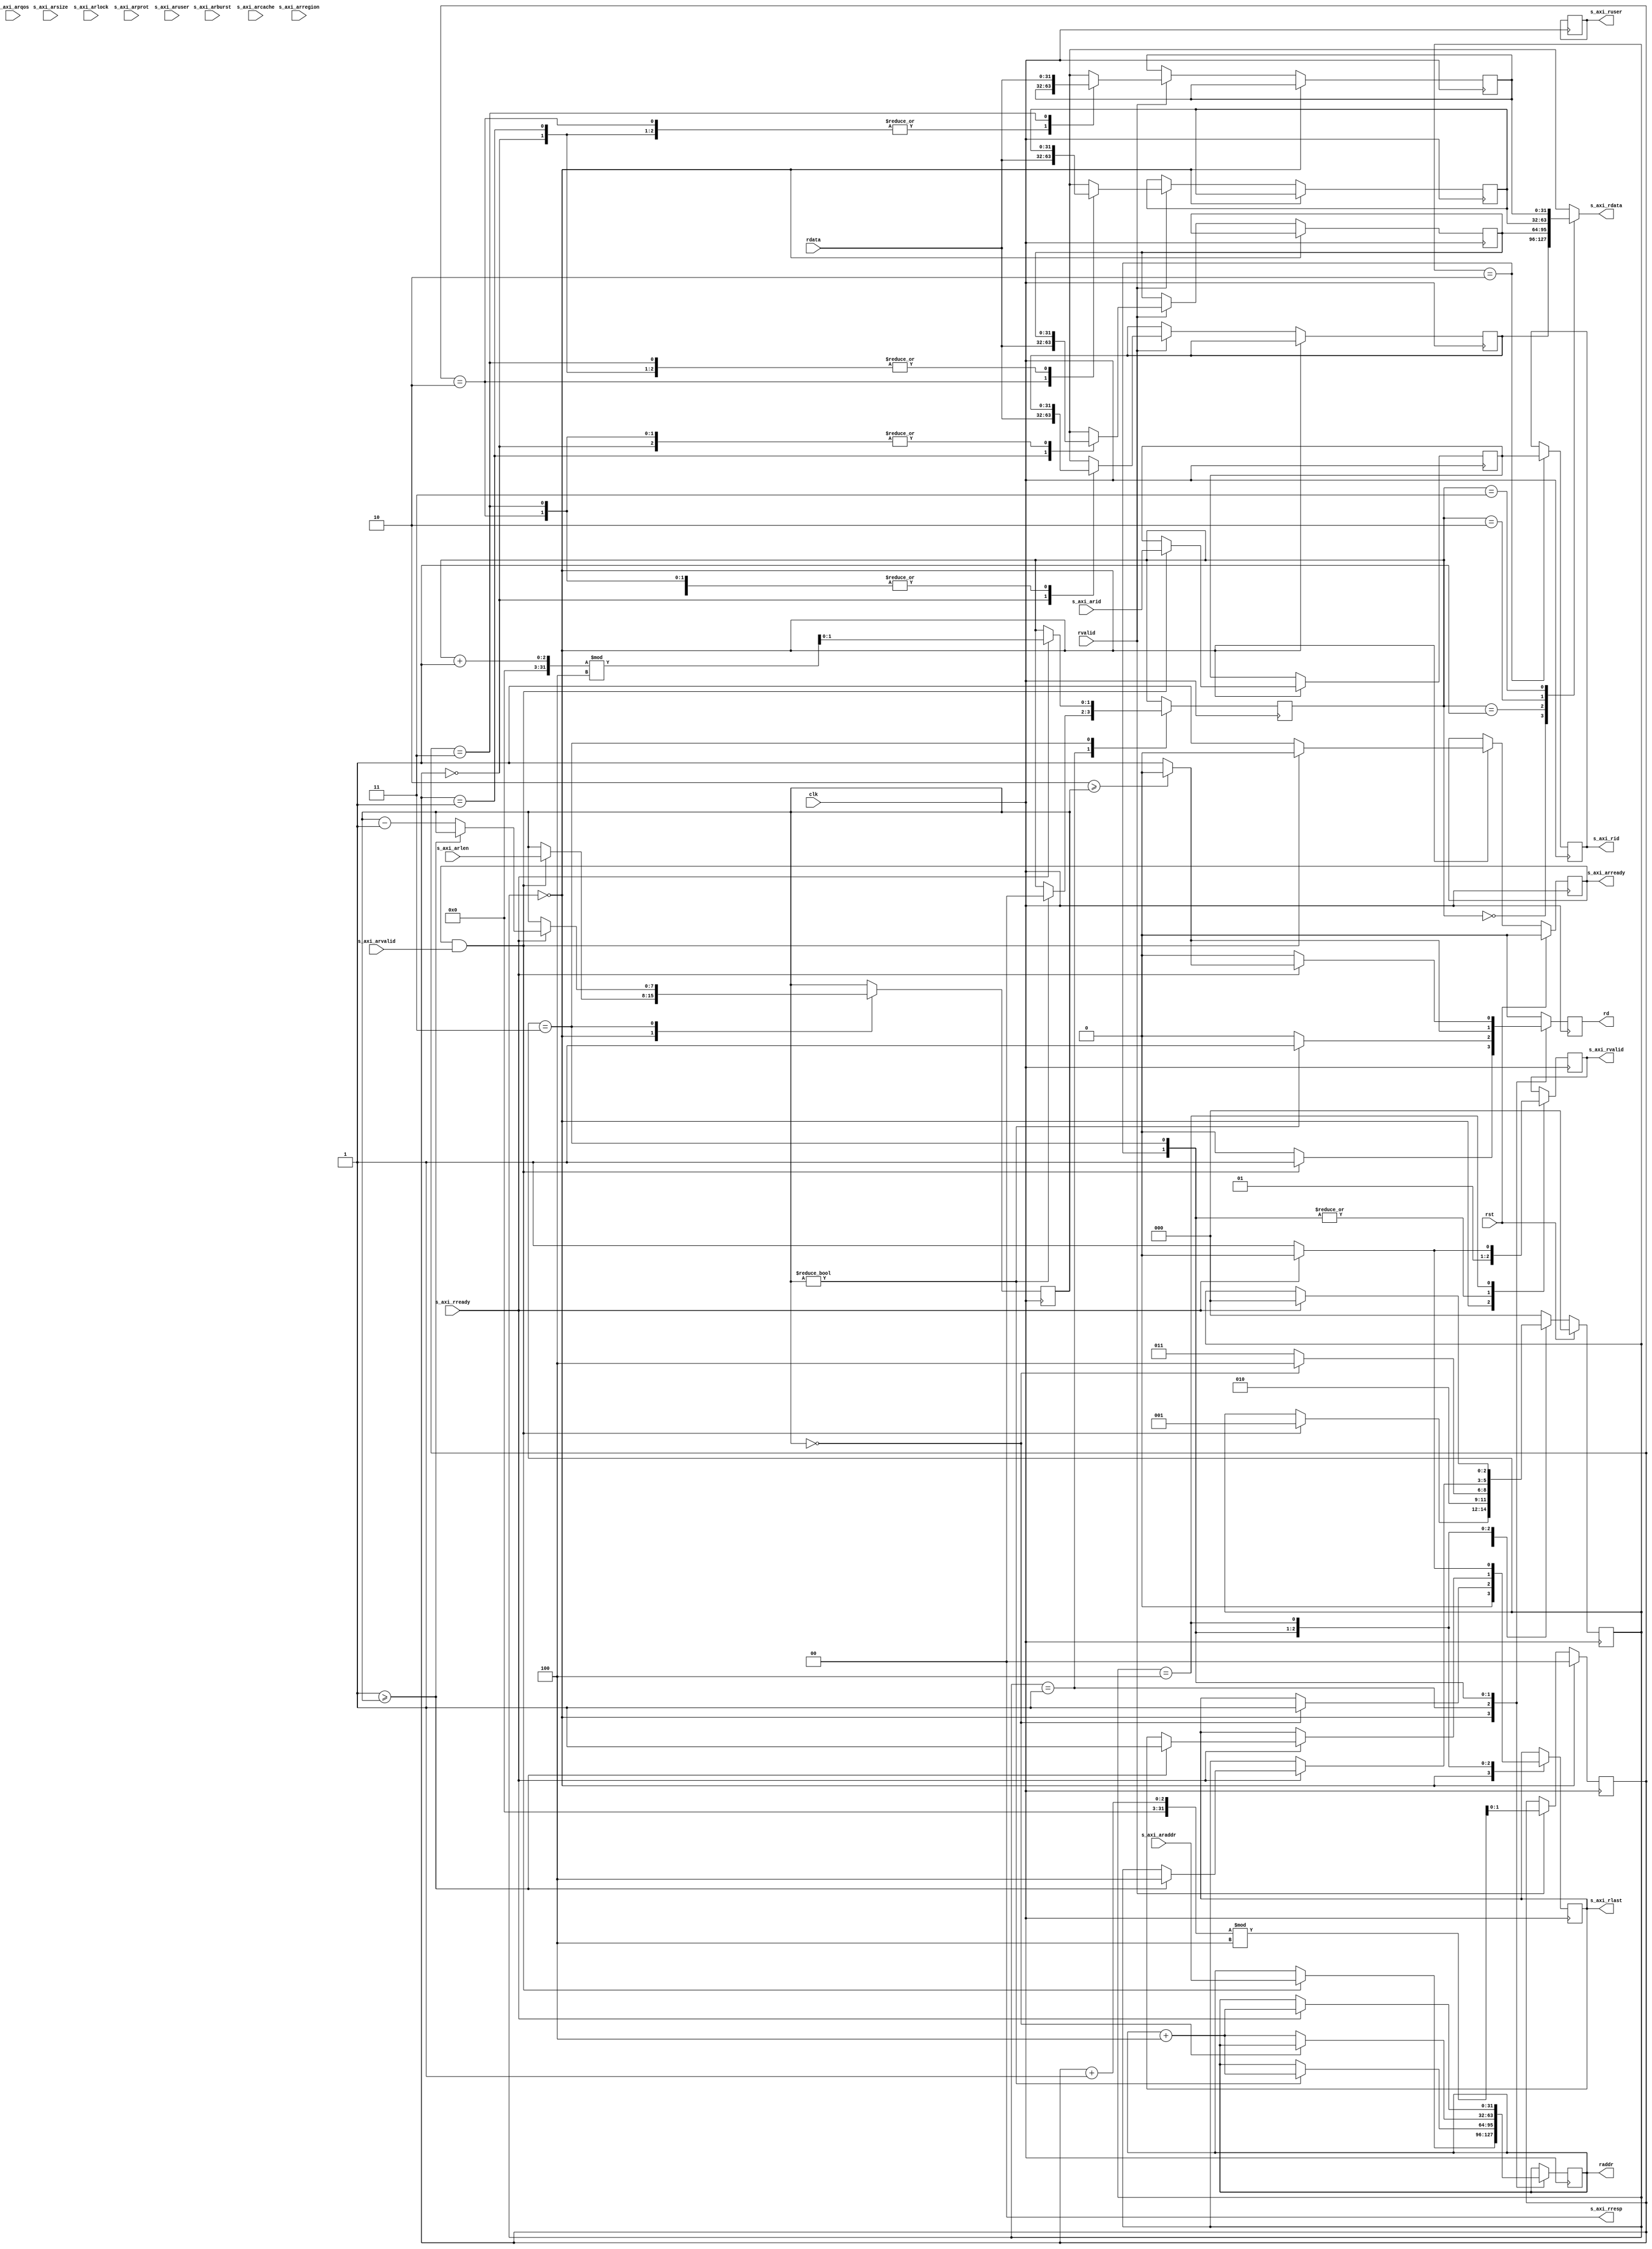
/*

Copyright (c) 2018 Alex Forencich

Permission is hereby granted, free of charge, to any person obtaining a copy
of this software and associated documentation files (the "Software"), to deal
in the Software without restriction, including without limitation the rights
to use, copy, modify, merge, publish, distribute, sublicense, and/or sell
copies of the Software, and to permit persons to whom the Software is
furnished to do so, subject to the following conditions:

The above copyright notice and this permission notice shall be included in
all copies or substantial portions of the Software.

THE SOFTWARE IS PROVIDED "AS IS", WITHOUT WARRANTY OF ANY KIND, EXPRESS OR
IMPLIED, INCLUDING BUT NOT LIMITED TO THE WARRANTIES OF MERCHANTABILITY
FITNESS FOR A PARTICULAR PURPOSE AND NONINFRINGEMENT. IN NO EVENT SHALL THE
AUTHORS OR COPYRIGHT HOLDERS BE LIABLE FOR ANY CLAIM, DAMAGES OR OTHER
LIABILITY, WHETHER IN AN ACTION OF CONTRACT, TORT OR OTHERWISE, ARISING FROM,
OUT OF OR IN CONNECTION WITH THE SOFTWARE OR THE USE OR OTHER DEALINGS IN
THE SOFTWARE.

*/

// Language: Verilog 2001

`resetall 
`timescale 1ns / 1ps 
`default_nettype none

/*
 * AXI4 width adapter
 */
module axi_config_rd #(
    // Width of address bus in bits
    parameter ADDR_WIDTH    = 32,
    // Width of input (slave) interface data bus in bits
    parameter DATA_WIDTH    = 32,
    // Width of input (slave) interface wstrb (width of data bus in words)
    parameter STRB_WIDTH    = (DATA_WIDTH / 8),
    // Width of ID signal
    parameter ID_WIDTH      = 8,
    // Propagate aruser signal
    parameter ARUSER_ENABLE = 0,
    // Width of aruser signal
    parameter ARUSER_WIDTH  = 1,
    // Propagate ruser signal
    parameter RUSER_ENABLE  = 0,
    // Width of ruser signal
    parameter RUSER_WIDTH   = 1,
    parameter REG_DATA      = 1
) (
    input wire clk,
    input wire rst,

    /*
     * AXI slave interface
     */
    input  wire [    ID_WIDTH-1:0] s_axi_arid,
    input  wire [  ADDR_WIDTH-1:0] s_axi_araddr,
    input  wire [             7:0] s_axi_arlen,
    input  wire [             2:0] s_axi_arsize,
    input  wire [             1:0] s_axi_arburst,
    input  wire                    s_axi_arlock,
    input  wire [             3:0] s_axi_arcache,
    input  wire [             2:0] s_axi_arprot,
    input  wire [             3:0] s_axi_arqos,
    input  wire [             3:0] s_axi_arregion,
    input  wire [ARUSER_WIDTH-1:0] s_axi_aruser,
    input  wire                    s_axi_arvalid,
    output wire                    s_axi_arready,
    output wire [    ID_WIDTH-1:0] s_axi_rid,
    output wire [  DATA_WIDTH-1:0] s_axi_rdata,
    output wire [             1:0] s_axi_rresp,
    output wire                    s_axi_rlast,
    output wire [ RUSER_WIDTH-1:0] s_axi_ruser,
    output wire                    s_axi_rvalid,
    input  wire                    s_axi_rready,

    output wire                  rd,
    output wire [ADDR_WIDTH-1:0] raddr,
    input  wire [DATA_WIDTH-1:0] rdata,
    input  wire                  rvalid

);

    //localparam G_INCR = DATA_WIDTH>>3;
    localparam G_INCR = 4;
    localparam G_FIFO_DEPTH = 4;
    localparam WORD_WIDTH = STRB_WIDTH;
    localparam WORD_SIZE = DATA_WIDTH / WORD_WIDTH;

    // bus width assertions
    initial begin
        if (WORD_SIZE * STRB_WIDTH != DATA_WIDTH) begin
            $error("Error: AXI slave interface data width not evenly divisble (instance %m)");
            $finish;
        end
        if (2 ** $clog2(WORD_WIDTH) != WORD_WIDTH) begin
            $error("Error: AXI slave interface word width must be even power of two (instance %m)");
            $finish;
        end
    end

    localparam [2:0]
    STATE_IDLE = 3'd0,
    STATE_DLY = 3'd1,
    STATE_DATA = 3'd2,
    STATE_DATA_READ = 3'd3,
    STATE_DATA_LAST = 3'd4;

    reg [2:0] state_reg = STATE_IDLE, state_next;



    reg [DATA_WIDTH-1:0] ydata_reg [G_FIFO_DEPTH-1:0];
    reg [DATA_WIDTH-1:0] ydata_next[G_FIFO_DEPTH-1:0];
    reg [$clog2(G_FIFO_DEPTH)-1:0] rindex_reg = 0, rindex_next;
    reg [$clog2(G_FIFO_DEPTH)-1:0] windex_reg = 0, windex_next;

    reg [ID_WIDTH-1:0] id_reg = {ID_WIDTH{1'b0}}, id_next;
    reg [ADDR_WIDTH-1:0] addr_reg = {ADDR_WIDTH{1'b0}}, addr_next;
    reg [DATA_WIDTH-1:0] xdata_reg = {DATA_WIDTH{1'b0}}, xdata_next;
    reg [DATA_WIDTH-1:0] data_reg = {DATA_WIDTH{1'b0}}, data_next;
    reg [DATA_WIDTH-1:0] data_skid_reg = {DATA_WIDTH{1'b0}}, data_skid_next;
    reg [RUSER_WIDTH-1:0] ruser_reg = {RUSER_WIDTH{1'b0}}, ruser_next;
    reg rd_reg = 1'b0, rd_next;
    reg [7:0] len_reg = {8{1'b0}}, len_next;

    reg s_axi_arready_reg = 1'b0, s_axi_arready_next;
    reg s_axi_rvalid_reg = 1'b0, s_axi_rvalid_next;
    reg s_axi_rlast_reg = 1'b0, s_axi_rlast_next;
    reg [ID_WIDTH-1:0] s_axi_rid_reg = {ID_WIDTH{1'b0}}, s_axi_rid_next;

    assign s_axi_arready = s_axi_arready_reg;
    assign s_axi_rdata   = ydata_reg[rindex_reg];
    assign s_axi_rvalid  = s_axi_rvalid_reg;
    assign s_axi_rlast   = s_axi_rlast_reg;
    assign s_axi_rid     = s_axi_rid_reg;
    assign s_axi_rresp   = 0;
    assign s_axi_ruser   = ruser_reg;
    assign raddr         = addr_reg;
    assign rd            = rd_reg;


    always @* begin
        state_next        = state_reg;

        id_next           = id_reg;
        addr_next         = addr_reg;
        ruser_next        = ruser_reg;
        len_next          = len_reg;
        rd_next           = 0;
        rindex_next       = rindex_reg;

        s_axi_arready_next = s_axi_arready_reg;
        s_axi_rvalid_next = s_axi_rvalid_reg;
        s_axi_rlast_next  = s_axi_rlast_reg;
        s_axi_rid_next    = s_axi_rid_reg;



        case (state_reg)
            STATE_IDLE: begin
                s_axi_arready_next = 1;
                s_axi_rvalid_next  = 0;
                s_axi_rlast_next   = 0;

                if (s_axi_arready_reg && s_axi_arvalid) begin
                    s_axi_arready_next = 1'b0;
                    id_next            = s_axi_arid;
                    len_next           = s_axi_arlen;
                    addr_next          = s_axi_araddr;
                    rd_next            = 1;
                    state_next         = STATE_DLY;
                end
            end

            STATE_DLY: begin
                state_next = STATE_DATA;
                if (0 != len_reg) begin
                    rd_next     = 1;
                    addr_next   = addr_reg + G_INCR;
                    rindex_next = 0;
                end
            end

            STATE_DATA: begin
                s_axi_rvalid_next = 1;
                s_axi_rid_next    = id_reg;
                if (2 >= len_reg) begin
                    rd_next = 0;
                end else begin
                    rd_next = 1;
                end
                if (0 == len_reg) begin
                    s_axi_rlast_next = 1;
                    state_next       = STATE_DATA_LAST;
                end else begin
                    addr_next  = addr_reg + G_INCR;
                    state_next = STATE_DATA_READ;
                end
            end


            STATE_DATA_READ: begin
                s_axi_rvalid_next = 1;
                if (s_axi_rready) begin
                    rindex_next = (rindex_reg + 1) % G_FIFO_DEPTH;
                    if (2 >= len_reg) begin
                        rd_next = 0;
                    end else begin
                        rd_next = 1;
                    end
                    addr_next = addr_reg + G_INCR;
                    if (1 >= len_reg) begin
                        s_axi_rlast_next = 1;
                        state_next       = STATE_DATA_LAST;
                    end else begin
                        len_next = len_reg - 1;
                    end
                end
            end
            STATE_DATA_LAST: begin
                s_axi_rlast_next  = 1;
                s_axi_rvalid_next = 1;
                if (s_axi_rready) begin
                    state_next        = STATE_IDLE;
                    s_axi_rlast_next  = 0;
                    s_axi_rvalid_next = 0;
                end
            end
            default: state_next = STATE_IDLE;
        endcase
    end

    integer i;
    // assign ydata_reg0 = ydata_reg[0];
    // assign ydata_reg1 = ydata_reg[1];
    // assign ydata_reg2 = ydata_reg[2];
    // assign ydata_reg3 = ydata_reg[3];
    always @* begin
        windex_next = windex_reg;
        for (i = 0; i < G_FIFO_DEPTH; i = i + 1) begin
            ydata_next[i] = ydata_reg[i];
        end
        if (STATE_IDLE == state_reg) begin
            windex_next = 0;
        end else if (rvalid) begin
            windex_next            = (windex_reg + 1) % G_FIFO_DEPTH;
            ydata_next[windex_reg] = rdata;
        end
    end


    always @(posedge clk) begin
        state_reg  <= state_next;

        id_reg     <= id_next;
        addr_reg   <= addr_next;
        data_reg   <= data_next;
        ruser_reg  <= ruser_next;
        rd_reg     <= rd_next;
        //rd_dly    <= rd_reg;
        len_reg    <= len_next;
        rindex_reg <= rindex_next;
        windex_reg <= windex_next;
        for (i = 0; i < G_FIFO_DEPTH; i = i + 1) begin
            ydata_reg[i] <= ydata_next[i];
        end
        s_axi_arready_reg <= s_axi_arready_next;
        s_axi_rvalid_reg  <= s_axi_rvalid_next;
        s_axi_rlast_reg   <= s_axi_rlast_next;
        s_axi_rid_reg     <= s_axi_rid_next;

        if (rst) begin
            state_reg         <= STATE_IDLE;
            s_axi_arready_reg <= 1'b0;
        end
    end

endmodule

`resetall